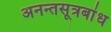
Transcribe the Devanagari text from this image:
अनन्तसूत्रबांध